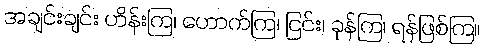
အချင်းချင်း ဟိန်းကြ၊ ဟောက်ကြ၊ ငြင်း၊ ခုန်ကြ၊ ရန်ဖြစ်ကြ။